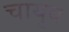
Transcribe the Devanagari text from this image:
चायुव